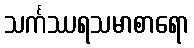
သင်္ကဿရသမာစာရော